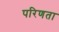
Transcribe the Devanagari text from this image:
परिणता